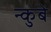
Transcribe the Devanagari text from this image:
न्कुबे